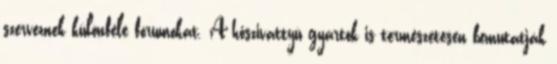
szerveznek különféle fórumokat. A hőszivattyú gyártók is természetesen bemutatják